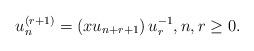
LaTeX: \begin{align*}u_{n}^{\left( r+1\right) }&=\left( xu_{n+r+1}\right)u_{r}^{-1},n,r\geq 0. \end{align*}